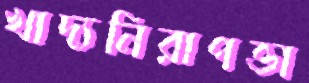
খাদ্যনিরাপত্তা